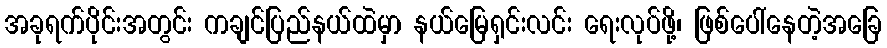
အခုရက်ပိုင်းအတွင်း ကချင်ပြည်နယ်ထဲမှာ နယ်မြေရှင်းလင်း ရေးလုပ်ဖို့၊ ဖြစ်ပေါ်နေတဲ့အခြေ